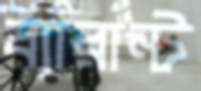
ব্যারান্ট